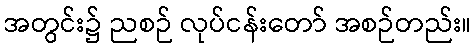
အတွင်း၌ ညစဉ် လုပ်ငန်းတော် အစဉ်တည်း။